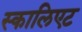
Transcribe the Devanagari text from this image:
स्कालिएट